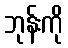
ဘုန်းကို